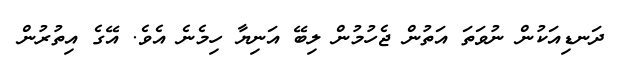
ދަނޑިއަކުން ނުވަތަ އަތުން ޖެހުމުން ލިބޭ އަނިޔާ ހިމެނެ އެވެ. އޭގެ އިތުރުން